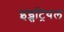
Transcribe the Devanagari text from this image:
इंड्सट्रियल